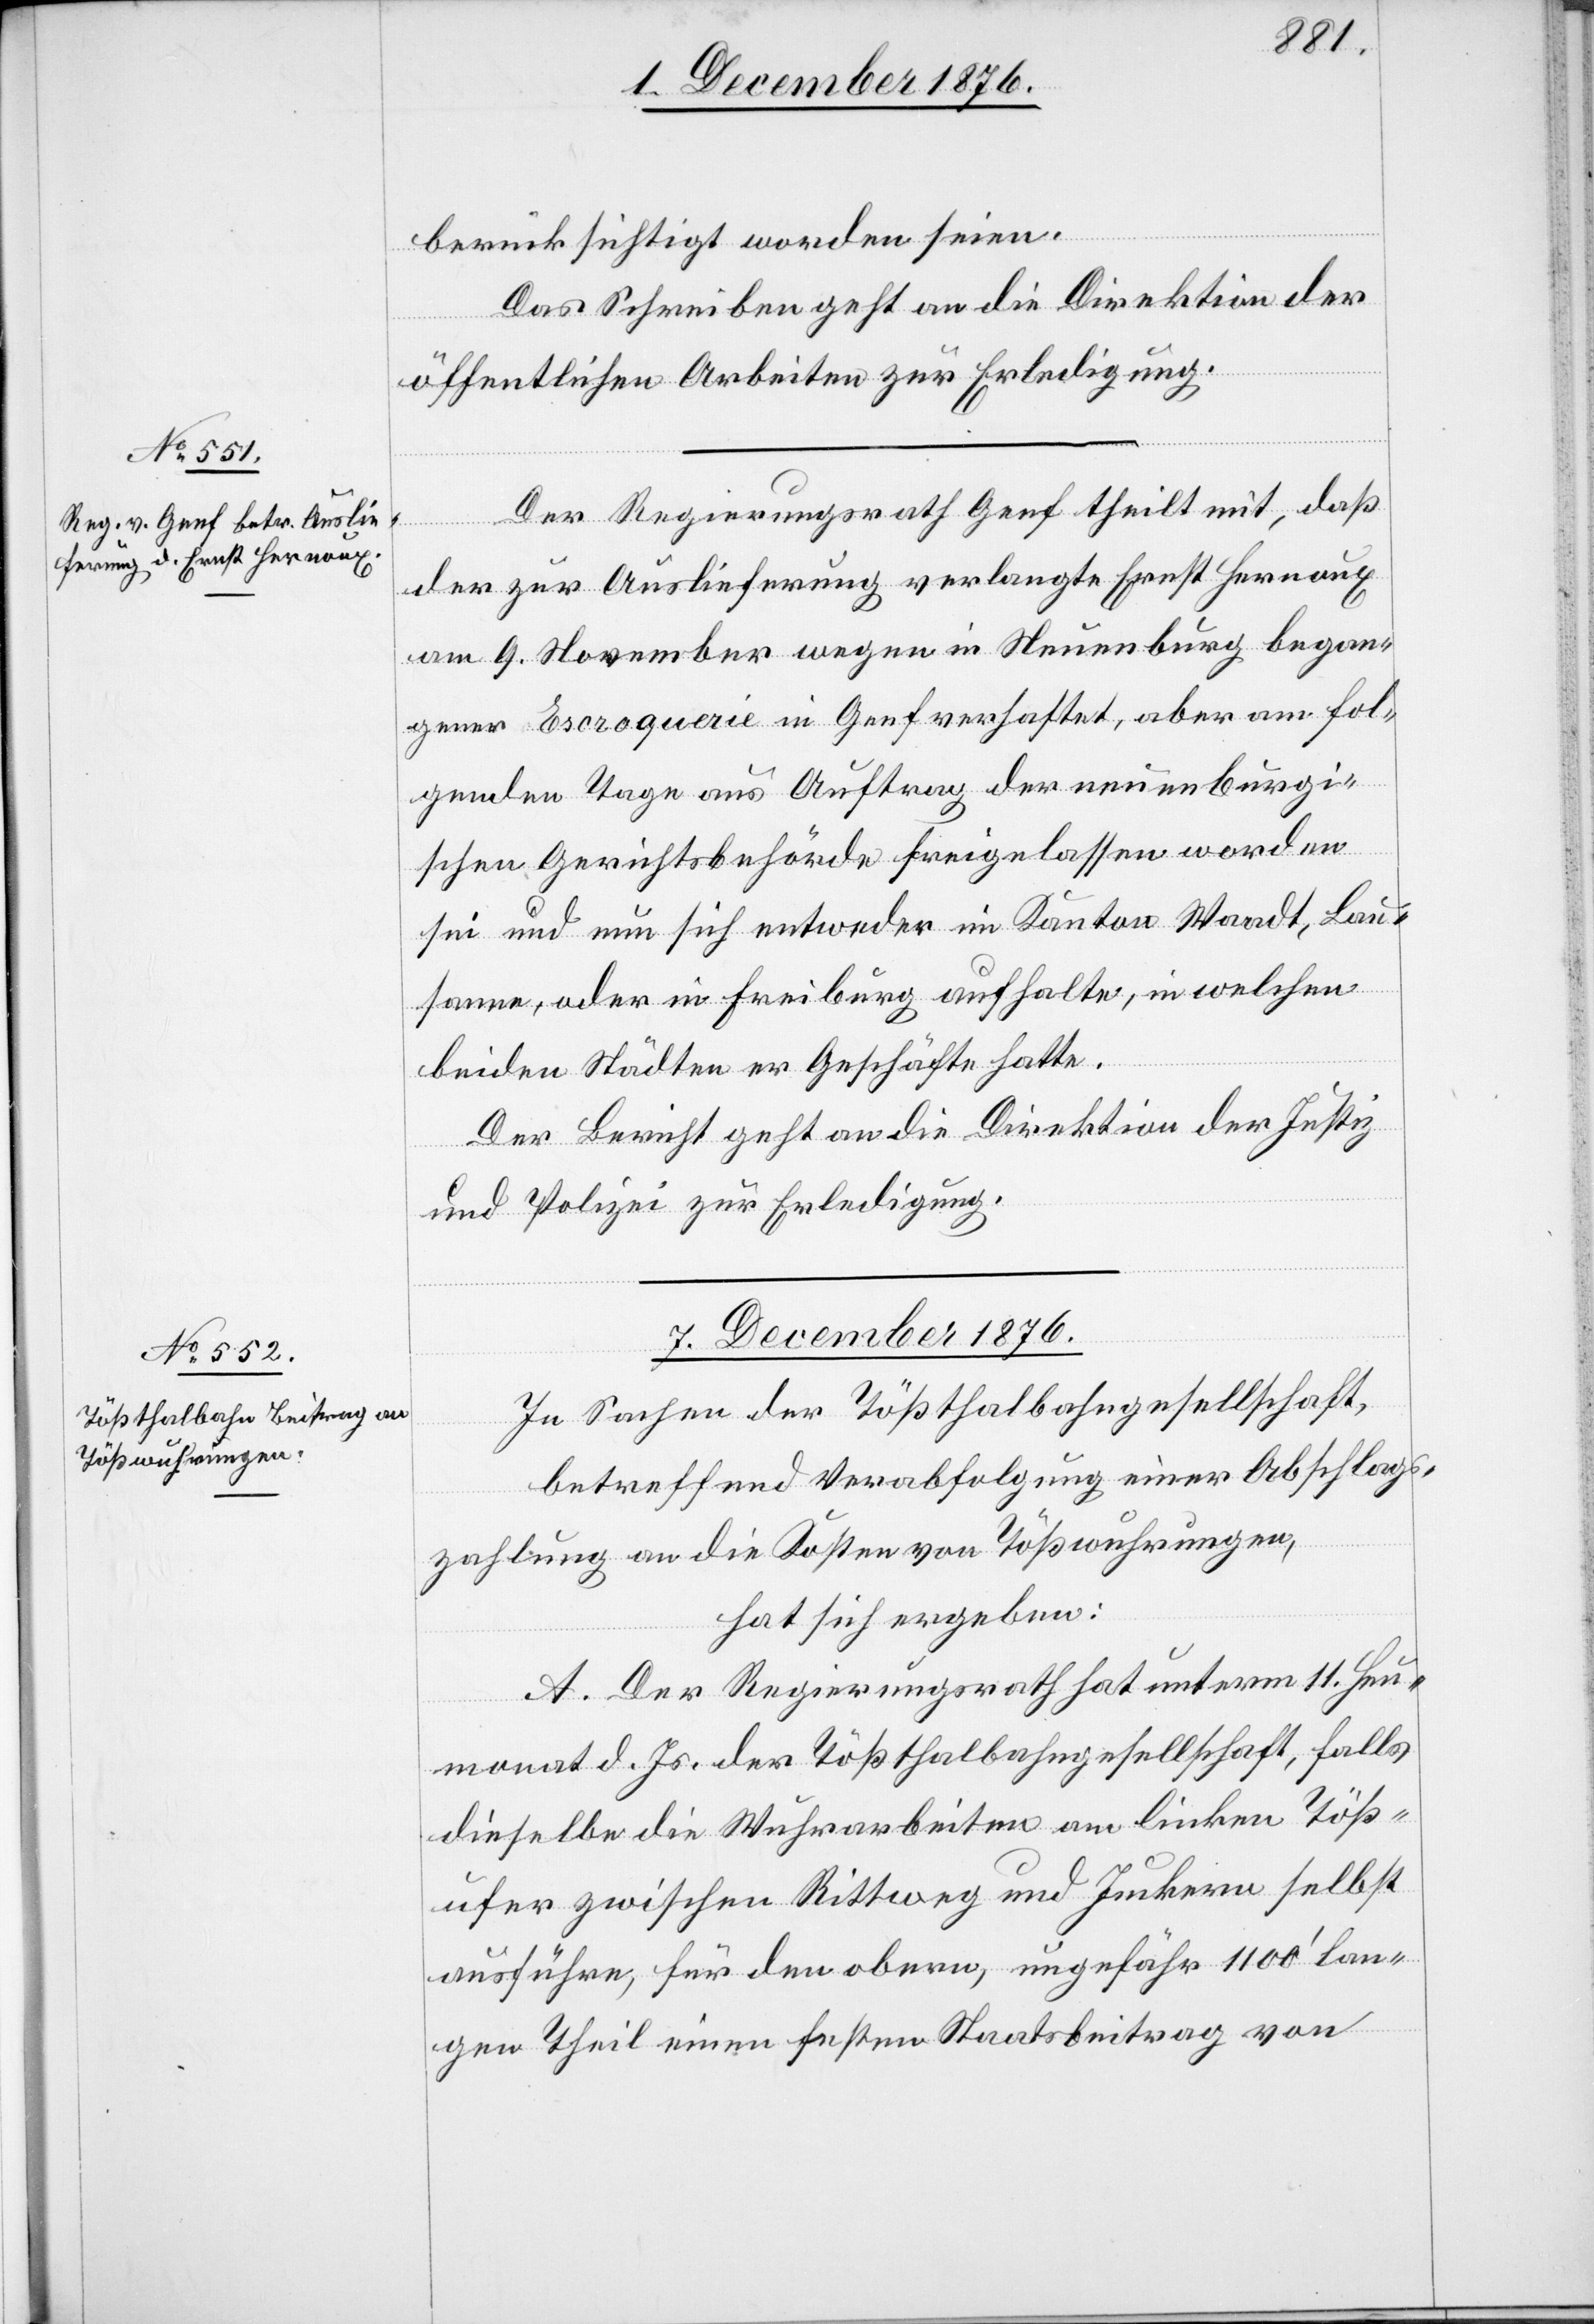
berücksichtigt worden seien.
Das Schreiben geht an die Direktion der
öffentlichen Arbeiten zur Erledigung.
Der Regierungsrath Genf theilt mit, daß
der zur Auslieferung verlangte Ernst Hernoux
am 9. November wegen in Neuenburg began¬
gener Escroquerie in Genf verhaftet, aber am fol¬
genden Tage aus Auftrag der neuenburgi¬
schen Gerichtsbehörde freigelassen worden
sei und um sich entweder im Kanton Waadt, Lau¬
sanne, oder in Freiburg aufhalte, in welchen
beiden Städten er Geschäfte hatte.
Der Bericht geht an die Direktion der Justiz
und Polizei zur Erledigung.
7. Dezember 1876.
In Sachen der Tößthalbahngesellschaft,
betreffend Verabfolgung einer Abschlags¬
zahlung an die Kosten von Tößwuhrungen,
hat sich ergeben:
A. Der Regierungsrath hat unterm 11. Heu¬
monat d. Js. der Tößthalbahngesellschaft, falls
dieselbe die Wuhrarbeiten am linken Töß¬
ufer zwischen Rittweg und Junkern selbst
ausführe, für den obern, ungefähr 1100‘ lan¬
gen Theil einen festen Staatsbeitrag von